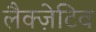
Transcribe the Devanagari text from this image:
लैक्ज़ेटिव